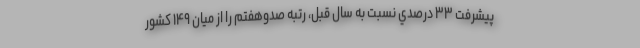
پيشرفت ۳۳ درصدي نسبت به سال قبل، رتبه صدوهفتم را از ميان ۱۴۹ كشور